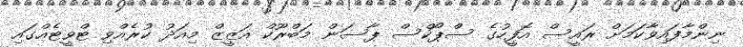
ނިންމާފައިވާކަމަށް ރައީސް އޮފީހުގެ ސްޕޯކްސް ޕާސަން މަބްރޫކް އަޒީޒް މިއަދު ކުރެއްވި ޓްވީޓެއްގައި